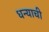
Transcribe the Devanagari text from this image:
धन्याची